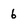
Character: 6